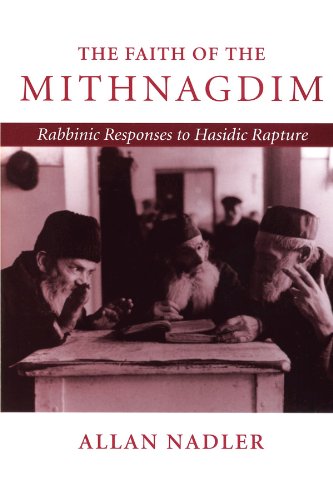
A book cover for The Faith of the Mithnagdim: Rabbinic Responses to Hasidic Rapture (Johns Hopkins Jewish Studies); Allan Nadler; Religion & Spirituality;